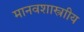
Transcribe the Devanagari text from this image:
मानवशास्त्राीय